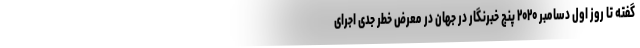
گفته تا روز اول دسامبر ۲۰۲۰ پنج خبرنگار در جهان در معرض خطر جدی اجرای